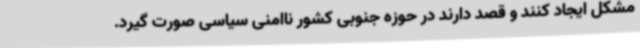
مشکل ایجاد کنند و قصد دارند در حوزه جنوبی کشور ناامنی سیاسی صورت گیرد.